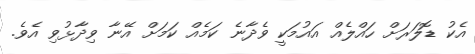
އެކު ޑޮލަރަށް ހައްލެއް އައުމަކީ ވެދާނެ ކަމެއް ކަމަށް އޭނާ ވިދާޅުވި އެވެ.